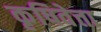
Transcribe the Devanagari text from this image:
कृषिवेत्ता